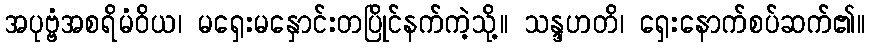
အပုဗ္ဗံအစရိမံဝိယ၊ မရှေးမနှောင်းတပြိုင်နက်ကဲ့သို့။ သန္ဒဟတိ၊ ရှေးနောက်စပ်ဆက်၏။